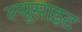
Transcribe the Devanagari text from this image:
ल्यूसाइट